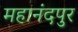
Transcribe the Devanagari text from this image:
महानंदपुर